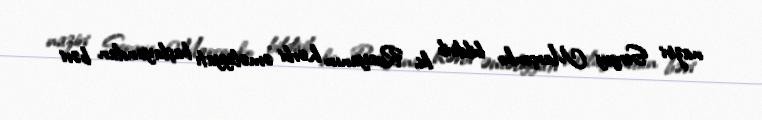
naziri Sergey Marçenko bildirib ki, Rusiyanın hərbi əməliyyatı başlayandan bəri